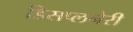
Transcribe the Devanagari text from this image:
डिसप्लनेरी